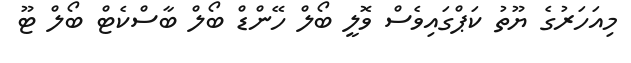
މިއަހަރުގެ ޔޫތު ކަޕްގައިވެސް ވޮލީ ބޯލް ހޭންޑް ބޯލް ބާސްކެޓް ބޯލް ޓޫ